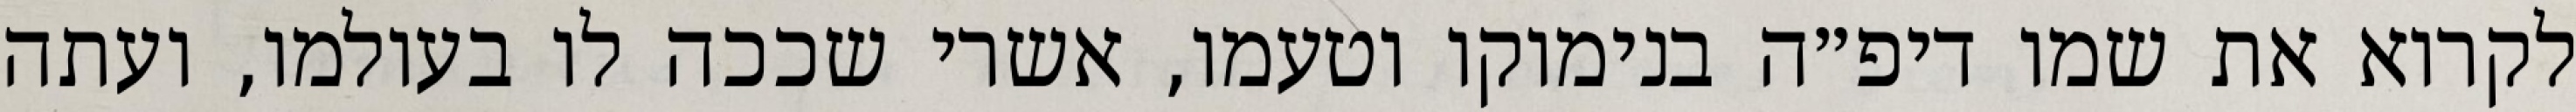
לקרוא את שמו דיפ״ה בנימוקו וטעמו, אשרי שככה לו בעולמו, ועתה